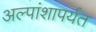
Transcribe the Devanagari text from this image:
अल्पांशापर्यंत